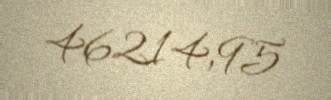
46214,95